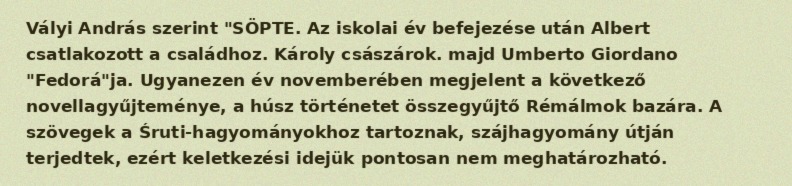
Vályi András szerint "SÖPTE. Az iskolai év befejezése után Albert csatlakozott a családhoz. Károly császárok. majd Umberto Giordano "Fedorá"ja. Ugyanezen év novemberében megjelent a következő novellagyűjteménye, a húsz történetet összegyűjtő Rémálmok bazára. A szövegek a Śruti-hagyományokhoz tartoznak, szájhagyomány útján terjedtek, ezért keletkezési idejük pontosan nem meghatározható.